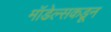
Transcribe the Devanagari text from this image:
मॉडेल्सकडून